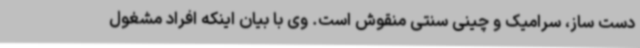
دست ساز، سرامیک و چینی سنتی منقوش است. وی با بیان اینکه افراد مشغول